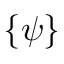
\{ \psi \}